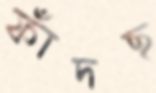
ফাঁদছ